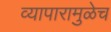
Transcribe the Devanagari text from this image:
व्यापारामुळेच